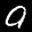
Label: 9